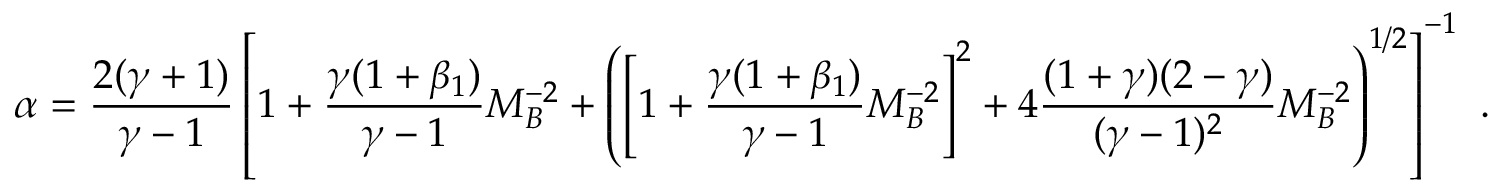
\alpha = \frac { 2 ( \gamma + 1 ) } { \gamma - 1 } \left[ 1 + \frac { \gamma ( 1 + \beta _ { 1 } ) } { \gamma - 1 } M _ { B } ^ { - 2 } + \left( \left[ 1 + \frac { \gamma ( 1 + \beta _ { 1 } ) } { \gamma - 1 } M _ { B } ^ { - 2 } \right] ^ { 2 } + 4 \frac { ( 1 + \gamma ) ( 2 - \gamma ) } { ( \gamma - 1 ) ^ { 2 } } M _ { B } ^ { - 2 } \right) ^ { 1 / 2 } \right] ^ { - 1 } \ .